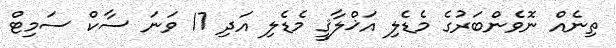
ތިނެއް ނޮވެންބަރުގެ މެޑެލި އަޚްލާޤީ މެޑެލި އަދި 17 ވަނަ ސާކް ސަމިޓް